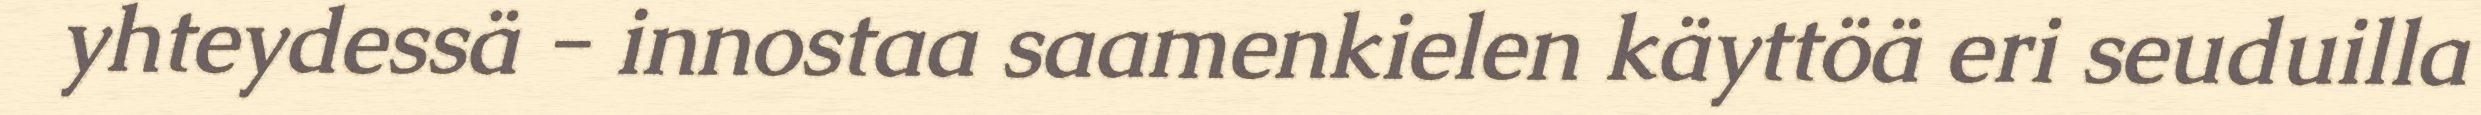
yhteydessä - innostaa saamenkielen käyttöä eri seuduilla